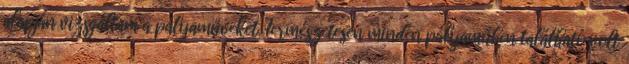
alapján vizsgáltam a pályaműveket. Természetesen minden pályaműben található volt